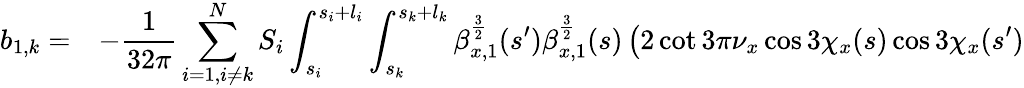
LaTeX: \begin{array}{cl}{\displaystyle b_{1,k}=}&{\displaystyle-\frac{1}{32\pi}\sum_{i=1,i\neq k}^{N}{S_{i}\int_{s_{i}}^{s_{i}+l_{i}}\int_{s_{k}}^{s_{k}+l_{k}}{\beta_{x,1}^{\frac{3}{2}}(s^{\prime})\beta_{x,1}^{\frac{3}{2}}(s)\left(2\cot{3\pi\nu_{x}}\cos{3\chi_{x}(s)}\cos{3\chi_{x}(s^{\prime})}\right.}}}\end{array}